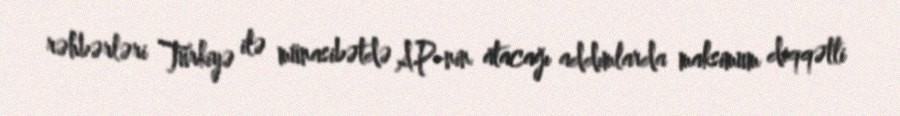
rəhbərləri Türkiyə ilə münasibətdə AP-nin atacağı addımlarda maksimum diqqətli